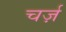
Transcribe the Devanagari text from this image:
चर्ज़